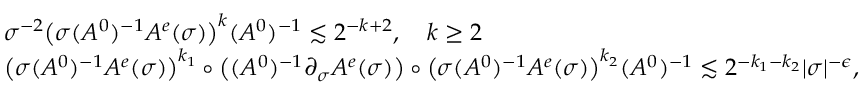
\begin{array} { r l } & { \sigma ^ { - 2 } \big ( \sigma ( A ^ { 0 } ) ^ { - 1 } A ^ { e } ( \sigma ) \big ) ^ { k } ( A ^ { 0 } ) ^ { - 1 } \lesssim 2 ^ { - k + 2 } , \quad k \geq 2 } \\ & { \big ( \sigma ( A ^ { 0 } ) ^ { - 1 } A ^ { e } ( \sigma ) \big ) ^ { k _ { 1 } } \circ \big ( ( A ^ { 0 } ) ^ { - 1 } \partial _ { \sigma } A ^ { e } ( \sigma ) \big ) \circ \big ( \sigma ( A ^ { 0 } ) ^ { - 1 } A ^ { e } ( \sigma ) \big ) ^ { k _ { 2 } } ( A ^ { 0 } ) ^ { - 1 } \lesssim 2 ^ { - k _ { 1 } - k _ { 2 } } \vert \sigma \vert ^ { - \epsilon } , } \end{array}